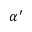
\alpha ^ { \prime }